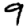
Digit: 9